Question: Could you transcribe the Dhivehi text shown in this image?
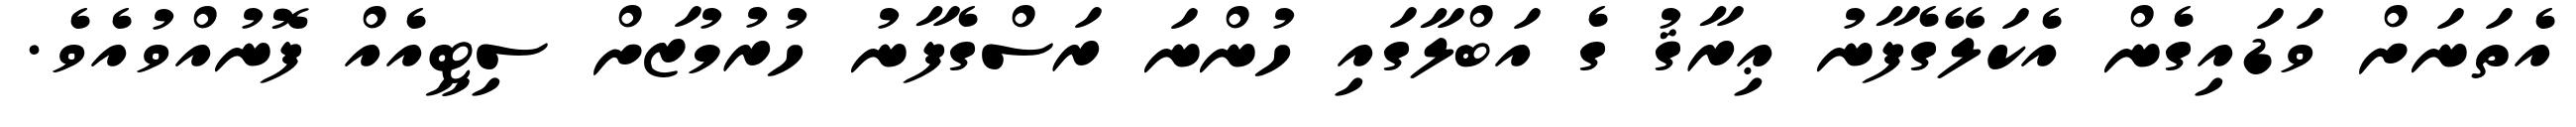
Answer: އެތަނަށް ވަޑައިގެން އެކަލޭގެފާނު ޢިރާޤު ގެ އަބްލާގައި ހުންނަ ރަސްގެފާނު ހުރުމުޒަށް ސިޓީއެއް ފޮނުއްވުއެވެ.